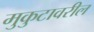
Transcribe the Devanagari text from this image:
मुकुटावरील